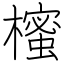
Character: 櫁